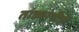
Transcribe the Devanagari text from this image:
तांड्यांचीही